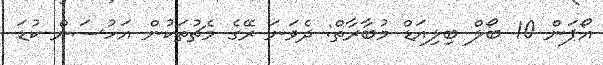
އޯޕަން 10 ބޯލް ބިލިއަޑް މުބާރާތް: ދެވަނަ ރޭގެ މެޗުތަކުން އަހުސަން ކުޑަ